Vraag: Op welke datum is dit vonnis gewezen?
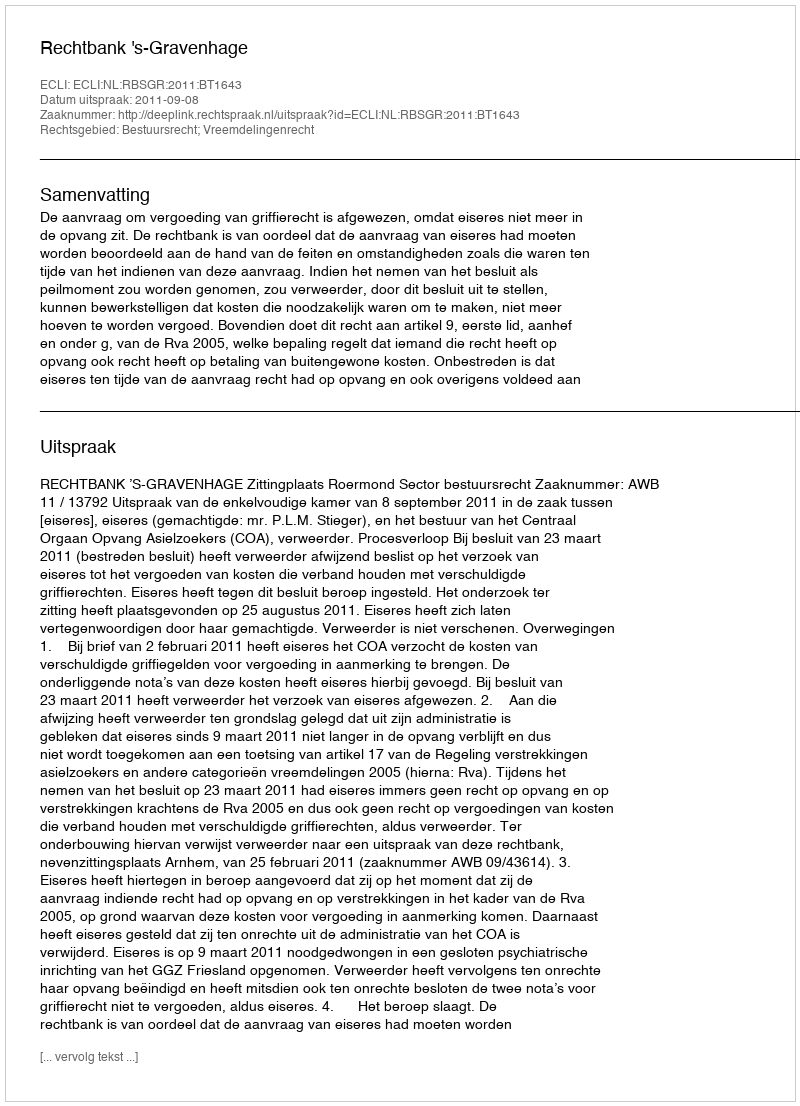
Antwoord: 2011-09-08